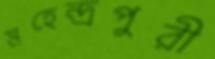
মহেন্দ্রপুরী